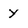
Character: y